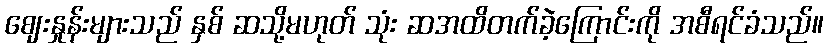
ဈေးနှုန်းများသည် နှစ် ဆသို့မဟုတ် သုံး ဆအထိတက်ခဲ့ကြောင်းကို အစီရင်ခံသည်။